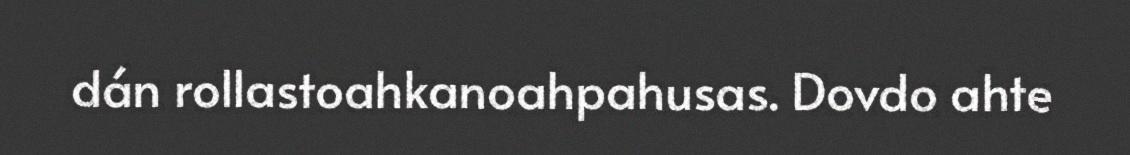
dán rollastoahkanoahpahusas. Dovdo ahte